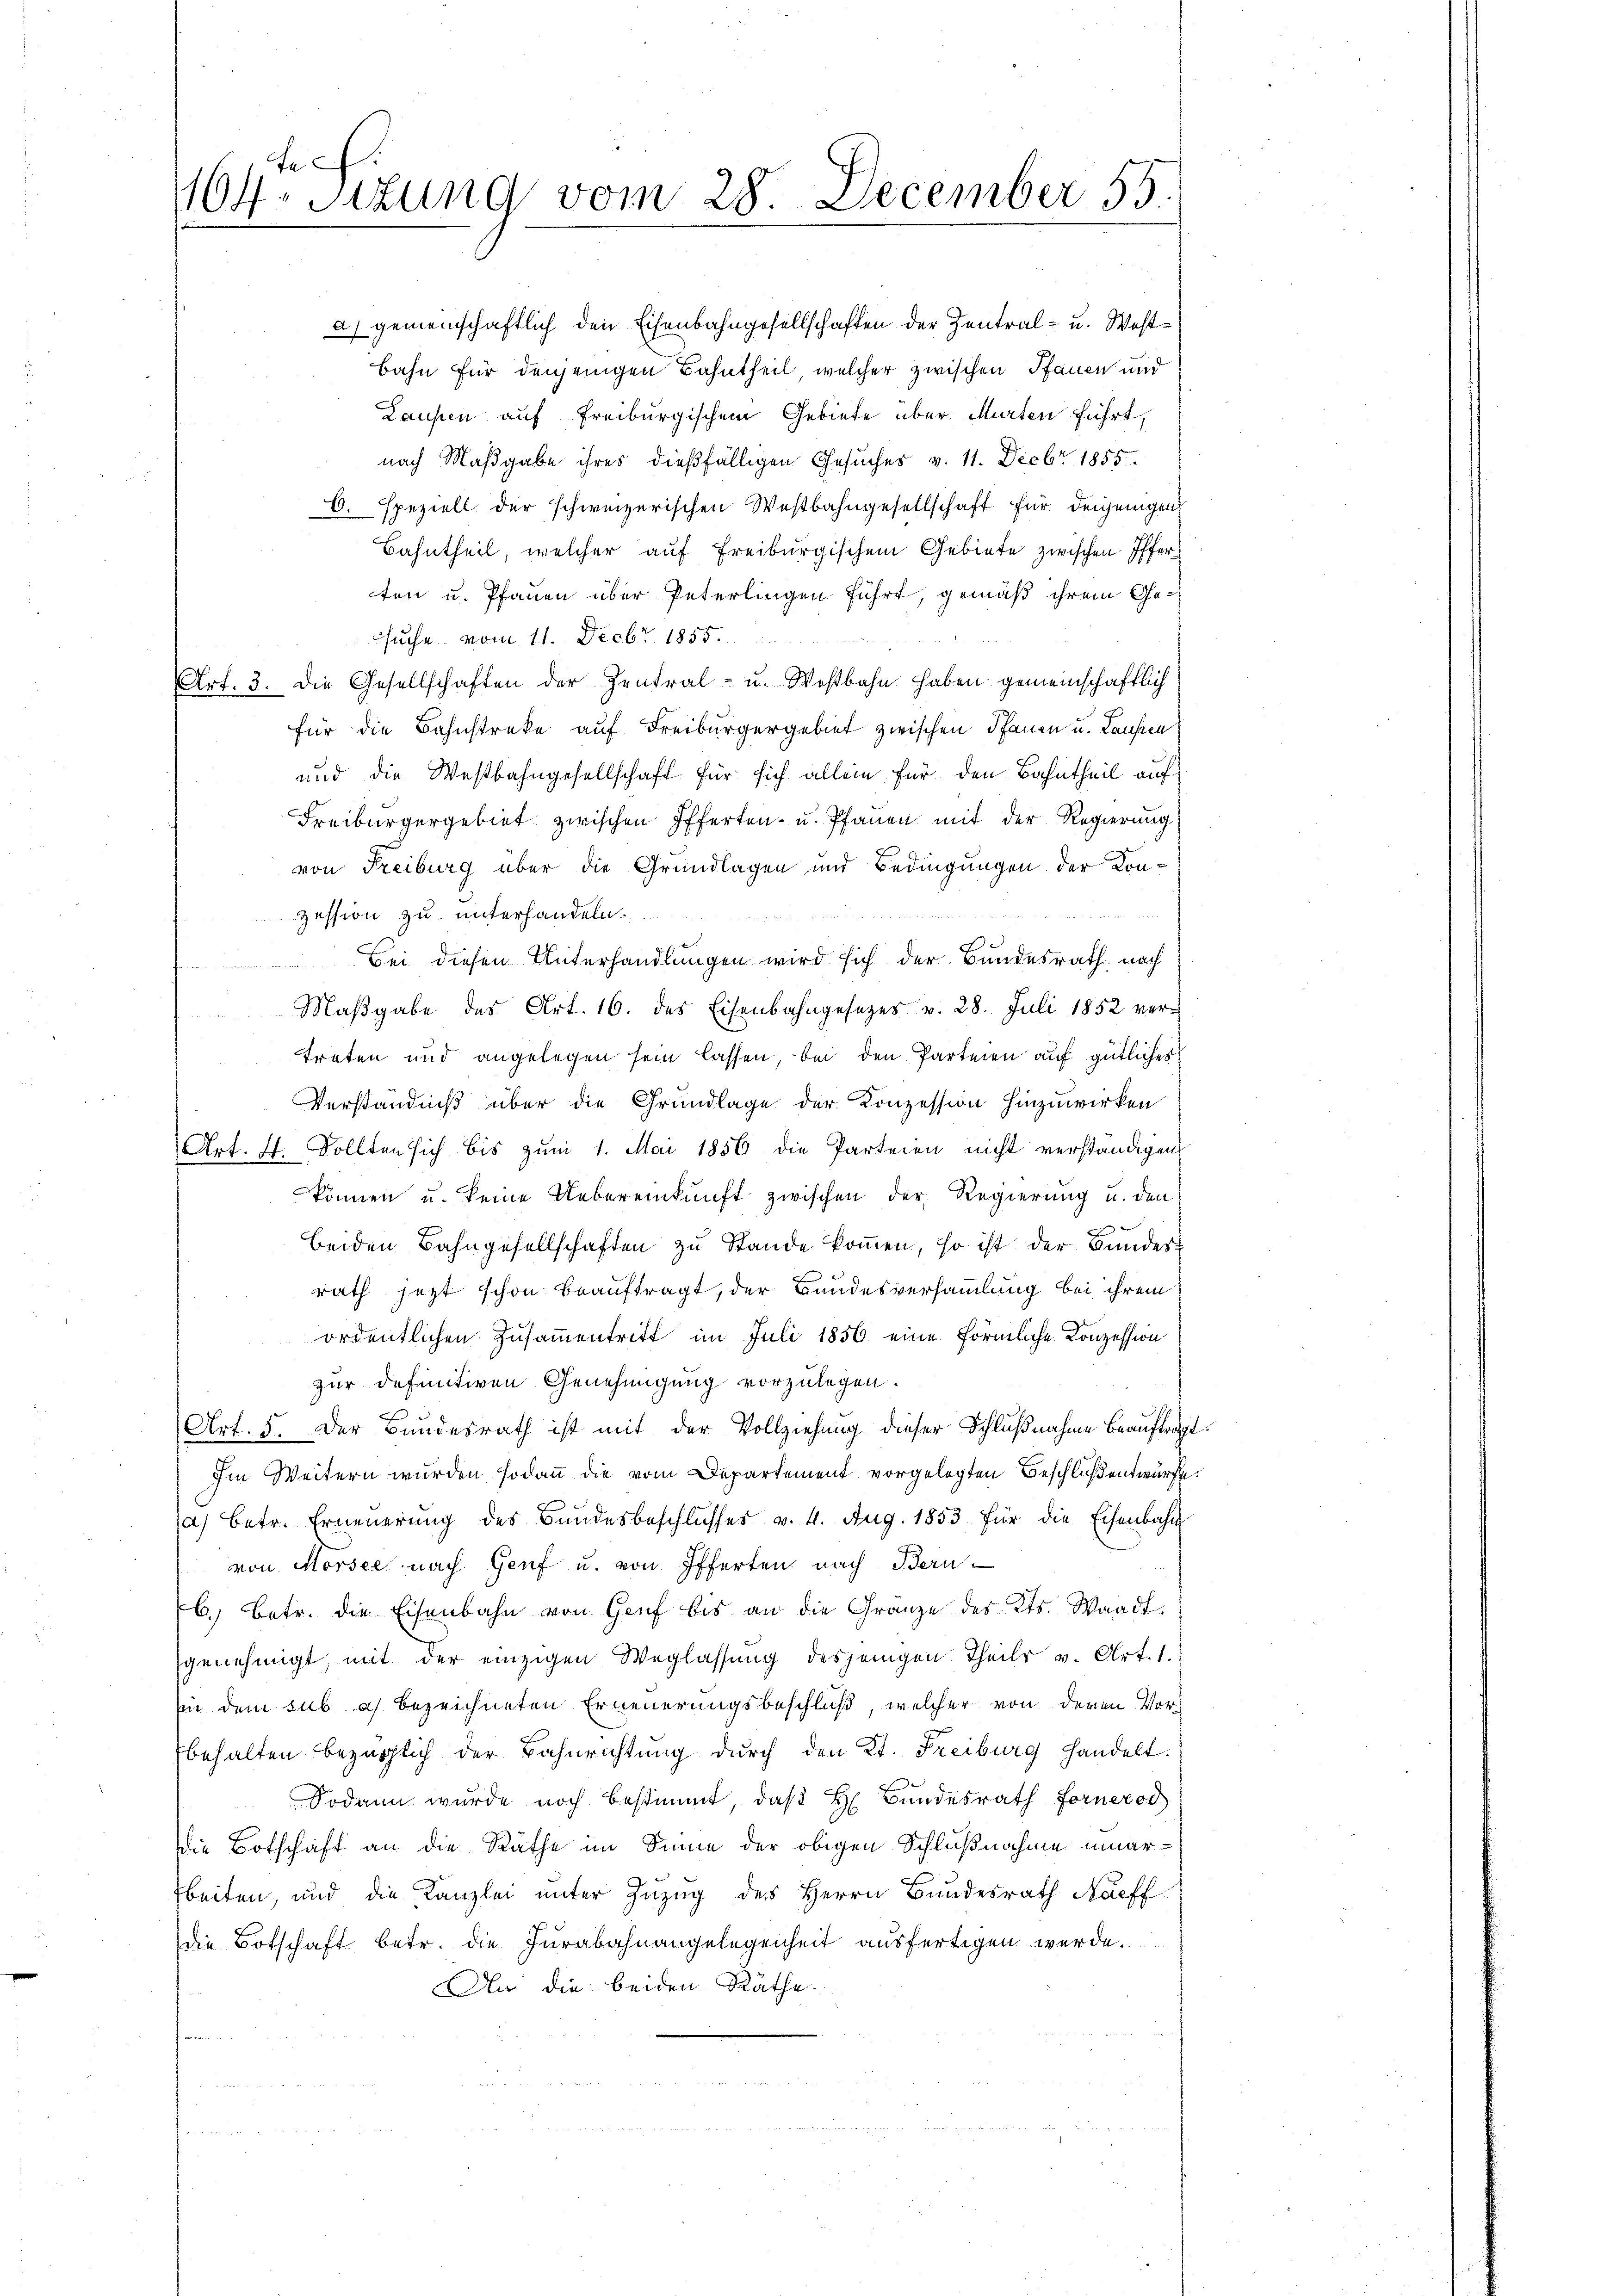
a
164. Sitzung vom 28. December 55

a) gemeinschaftlich den Eisenbahngesellschaften der Zentral- u. West¬
Bahn für denjenigen Bahntheil, welcher zwischen Pfauen und
Laupen auf Freiburgischem Gebiete über Murten führt,
nach Maßgabe ihres dießfälligen Gesuches v. 11. Decbr 1855.
C. speziell der schweizerischen Westbahngesellschaft für denjenigen
Bahntheil, welcher auf Freiburgischem Gebiete zwischen Offer
ten u. Pfauen über Peterlingen führt, gemäß ihrem Gesuche vom 11. Decbr. 1855.
Art. 3. Die Gesellschaften der Zentral- u. Westbahn haben gemeinschaftlich
für die Bahnstreke auf Freiburgergebiet zwischen Pfauen u. Laufen
und die Westbahngesellschaft für sich allein für den Bahntheil auf
Freiburgergebiet zwischen Efferten- u. Pfauen mit der Regierung
von Freiburg über die Grundlagen und Bedingungen der Konzession zu unterhandeln.
Bei diesen Unterhandlungen wird sich der Bundesrath, nach
Maßgabe des Art. 16. des Eisenbahngesezes v. 28. Juli 1852 vertreten und angelegen sein lassen, bei den Parteien auf gütliches
Verständniß über die Grundlage der Konzession hinzuwirken
Art. 4. Sollten sich bis zum 1. Mai 1856 die Parteien nicht verständigen
können u. keine Uebereinkunft zwischen der Regierung u. den
beiden Bahngesellschaften zu Stande kommen, so ist der Bundesrath jezt schon beauftragt, der Bandesversammlung bei ihrem
ordentlichen Zusammentritt im Juli 1856 eine förmliche Konzession
zur definitiven Genehmigung vorzulegen.
Art. 5. Der Bundesrath ist mit der Vollziehung dieser Schlußnahme beaufträgt
Im Weitern wurden sodann die vom Departement vorgelegten Beschloßentwurfe
a) betr. Erneuerung des Bundesbeschlusses v. 4. Aug. 1853 für die Eisenbahn
von Morsee nach Genf u. von Pfferten nach Bern
6.) Betr. die Eisenbahn von Genf bis an die Gränze des Kts. Waadt.
genehmigt, mit der einzigen Weglassung desjenigen Theils v. Art. 1.
sin dem sub a. bezeichneten Erneuerungsbeschluß, welcher von deren Vorbehalten bezüglich der Bahnrichtung durch den Kt. Freiburg handelt.
Sodann wurde noch bestimmt, daß H Bundesrath Fornerol
die Botschaft an die Räthe im Sinne der obigen Schlußnahme einar-
rbeiten, und die Kanzlei unter Zuzug des Herrn Bundesrath Neff
die Botschaft betr. die Jurabahnangelegenheit ausfertigen werde.
An die beiden Räthe.
u

.